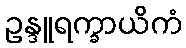
ဥန္ဒူရက္ခာယိကံ